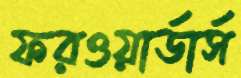
ফরওয়ার্ডার্স